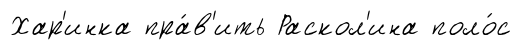
Хар'инка пра́в'ить Раскол'ина поло́с